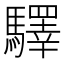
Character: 驛